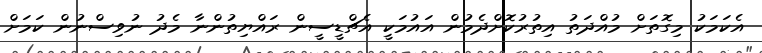
އެކަމަކު މިގޮތަށް މުއްދަތު އިތުރުކޮށްދެމުން އައުމަކީ އެޗްޑީސީން ރައްޔިތުންނާ މެދު ނުވިސްނުން ކަމަށް